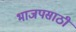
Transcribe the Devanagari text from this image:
भाजपसाठी